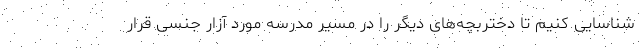
شناسایی کنیم تا دختربچه‌های دیگر را در مسیر مدرسه مورد آزار جنسی قرار